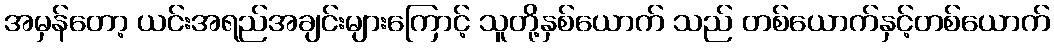
အမှန်တော့ ယင်းအရည်အချင်းများကြောင့် သူတို့နှစ်ယောက် သည် တစ်ယောက်နှင့်တစ်ယောက်